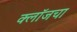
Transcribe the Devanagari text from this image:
क्लॉजचा